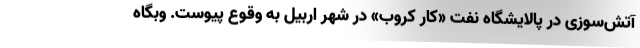
آتش‌سوزی در پالایشگاه نفت «کار کروب» در شهر اربیل به وقوع پیوست. وبگاه